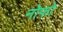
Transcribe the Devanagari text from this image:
नोफो